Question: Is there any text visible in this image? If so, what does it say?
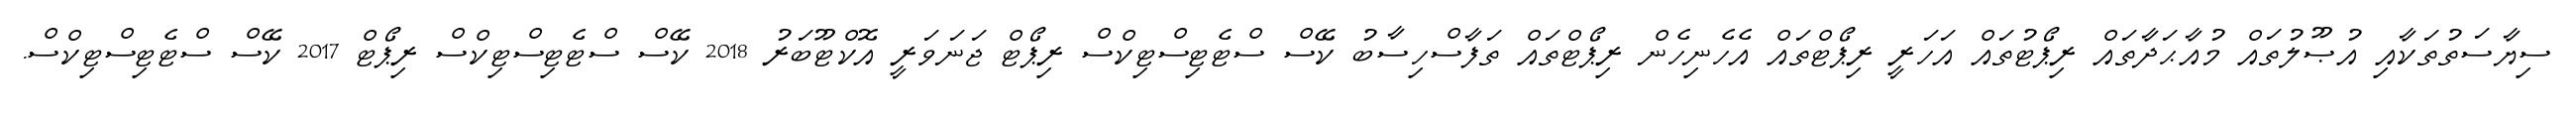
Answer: ސިޔާސަތުތަކާއި އުޞޫލުތައް މުއާޙަދާތައް ރިޕޯޓުތައް އަހަރީ ރިޕޯޓްތައް އެހެނިހެން ރިޕޯޓްތައް ތަފާސްހިސާބު ކޭސް ސްޓެޓިސްޓިކްސް ރިޕޯޓް ޖަނަވަރީ އޮކްޓޫބަރު 2018 ކޭސް ސްޓެޓިސްޓިކްސް ރިޕޯޓް 2017 ކޭސް ސްޓެޓިސްޓިކްސް.